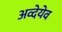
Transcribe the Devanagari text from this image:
अव्देयेव